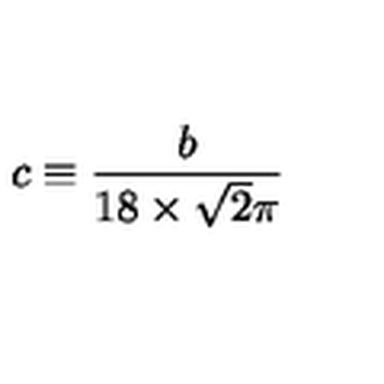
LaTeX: c \equiv \frac { b } { 1 8 \times \sqrt { 2 } \pi }